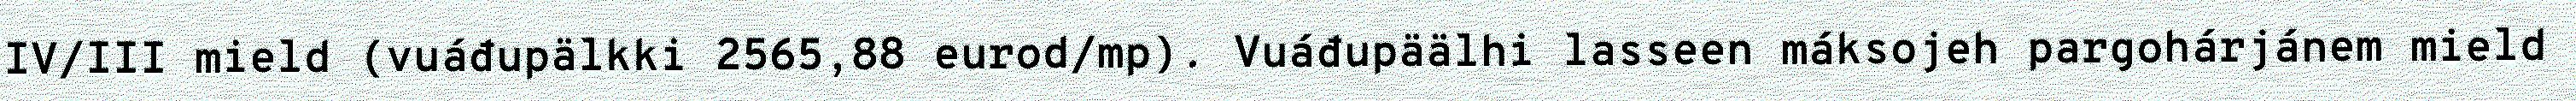
IV/III mield (vuáđupälkki 2565,88 eurod/mp). Vuáđupäälhi lasseen máksojeh pargohárjánem mield